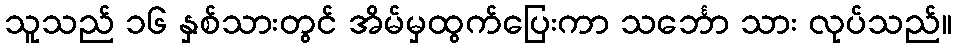
သူသည် ၁၆ နှစ်သားတွင် အိမ်မှထွက်ပြေးကာ သင်္ဘော သား လုပ်သည်။